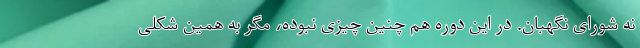
نه شورای نگهبان. در این دوره هم چنین چیزی نبوده، مگر به همین شکلی